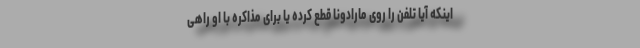
اینکه آیا تلفن را روی مارادونا قطع کرده یا برای مذاکره با او راهی